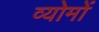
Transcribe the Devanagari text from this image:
व्योमों